Veterinary regulations India, 1935 -
Year: 1935
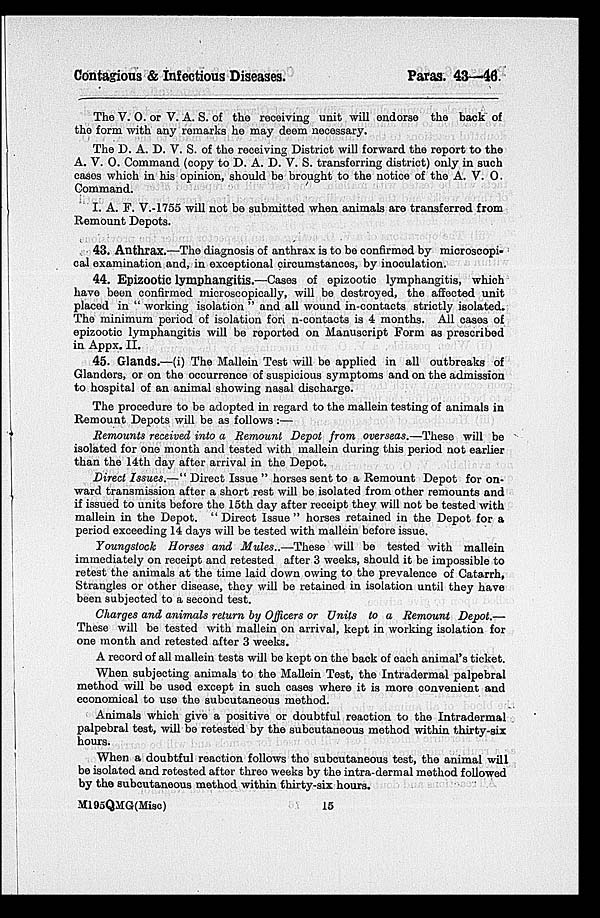
Contagious & Infectious Diseases.
Paras. 43—46.
The V. O. or V. A. S. of the receiving unit will endorse the back of
the form with any remarks he may deem necessary.
The D. A. D. V. S. of the receiving District will forward the report to the
A. V. O. Command (copy to D. A. D. V. S. transferring district) only in such
cases which in his opinion, should be brought to the notice of the A. V. O.
Command.
I. A. F. V.-1755 will not be submitted when animals are transferred from
Remount Depots.
43. Anthrax.—The diagnosis of anthrax is to be confirmed by microscopi-
cal examination and, in exceptional circumstances, by inoculation.
44. Epizootic lymphangitis.—Cases of epizootic lymphangitis, which
have been confirmed microscopically, will be destroyed, the affected unit
placed in " working isolation " and all wound in-contacts strictly isolated.
The minimum period of isolation fori n-contacts is 4 months. All cases of
epizootic lymphangitis will be reported on Manuscript Form as prescribed
in Appx. II.
45. Glands.—(i) The Mallein Test will be applied in all outbreaks of
Glanders, or on the occurrence of suspicious symptoms and on the admission
to hospital of an animal showing nasal discharge.
The procedure to be adopted in regard to the mallein testing of animals in
Remount Depots will be as follows :—
Remounts received into a Remount Depot from overseas.—These will be
isolated for one month and tested with mallein during this period not earlier
than the 14th day after arrival in the Depot.
Direct Issues.—" Direct Issue " horses sent to a Remount Depot for on-
ward transmission after a short rest will be isolated from other remounts and
if issued to units before the 15th day after receipt they will not be tested with
mallein in the Depot. "Direct Issue" horses retained in the Depot for a
period exceeding 14 days will be tested with mallein before issue.
Youngstock Horses and Mules..—These
will be tested with mallein
immediately on receipt and retested after 3 weeks, should it be impossible to
retest the animals at the time laid down owing to the prevalence of Catarrh,
Strangles or other disease, they will be retained in isolation until they have
been subjected to a second test.
Charges and animals return by Officers or Units to a Remount Depot.—
These will be tested with mallein on arrival, kept in working isolation for
one month and retested after 3 weeks.
A record of all mallein tests will be kept on the back of each animal's ticket.
When subjecting animals to the Mallein Test, the Intradermal palpebral
method will be used except in such cases where it is more convenient and
economical to use the subcutaneous method.
Animals which give a positive or doubtful reaction to the Intradermal
palpebral test, will be retested by the subcutaneous method within thirty-six
hours.
When a doubtful reaction follows the subcutaneous test, the animal will
be isolated and retested after three weeks by the intra-dermal method followed
by the subcutaneous method within thirty-six hours.
M195QMG(Misc)
15